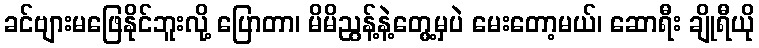
ခင်ဗျားမဖြေနိုင်ဘူးလို့ ပြောတာ၊ မိမိညွန့်နဲ့တွေ့မှပဲ မေးတော့မယ်၊ ဆောရီး ချိုရီယို